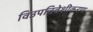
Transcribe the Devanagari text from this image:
विउपनिवेशीकरण